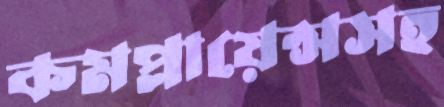
কমপ্লায়েন্সসহ